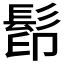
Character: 𩬵